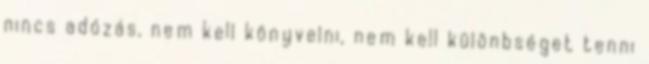
nincs adózás, nem kell könyvelni, nem kell különbséget tenni